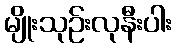
မျိုးသုဉ်းလုနီးပါး